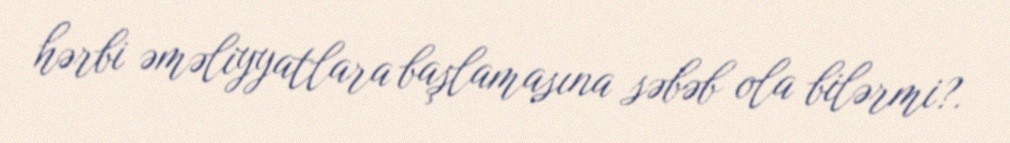
hərbi əməliyyatlara başlamasına səbəb ola bilərmi?.